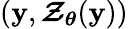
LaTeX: (\boldsymbol{\mathbf{y}},\boldsymbol{\mathcal{{Z}}}_{\boldsymbol{\theta}}(\boldsymbol{\mathbf{y}}))